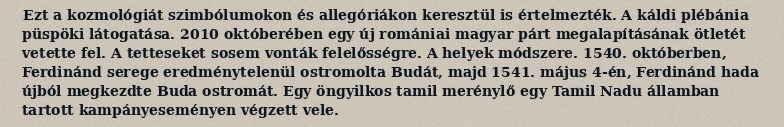
Ezt a kozmológiát szimbólumokon és allegóriákon keresztül is értelmezték. A káldi plébánia püspöki látogatása. 2010 októberében egy új romániai magyar párt megalapításának ötletét vetette fel. A tetteseket sosem vonták felelősségre. A helyek módszere. 1540. októberben, Ferdinánd serege eredménytelenül ostromolta Budát, majd 1541. május 4-én, Ferdinánd hada újból megkezdte Buda ostromát. Egy öngyilkos tamil merénylő egy Tamil Nadu államban tartott kampányeseményen végzett vele.